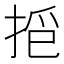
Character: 𱠁